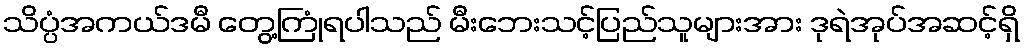
သိပ္ပံအကယ်ဒမီ တွေ့ကြုံရပါသည် မီးဘေးသင့်ပြည်သူများအား ဒုရဲအုပ်အဆင့်ရှိ